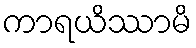
ကာရယိဿာမိ